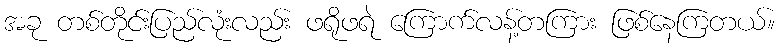
အခု တစ်တိုင်းပြည်လုံးလည်း ဖရိုဖရဲ ကြောက်လန့်တကြား ဖြစ်နေကြတယ်။